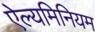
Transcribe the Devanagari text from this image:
ऐल्यमिनियम